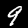
Digit: 9